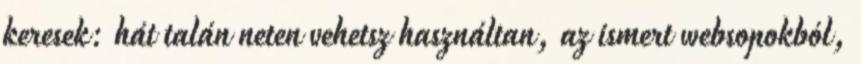
keresek: hát talán neten vehetsz használtan, az ismert websopokból,